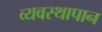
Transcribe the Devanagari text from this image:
व्यवस्थापान